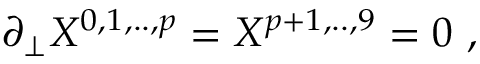
\partial _ { \perp } X ^ { 0 , 1 , . . , p } = X ^ { p + 1 , . . , 9 } = 0 \ ,